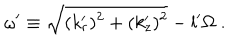
LaTeX: \omega ^ { \prime } \equiv \sqrt { ( k _ { r } ^ { \prime } ) ^ { 2 } + ( k _ { z } ^ { \prime } ) ^ { 2 } } - l ^ { \prime } \Omega \; .